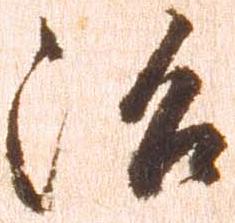
治